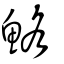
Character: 鮥